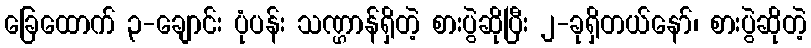
ခြေထောက် ၃-ချောင်း ပုံပန်း သဏ္ဌာန်ရှိတဲ့ စားပွဲဆိုပြီး ၂-ခုရှိတယ်နော်၊ စားပွဲဆိုတဲ့